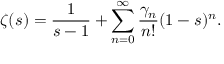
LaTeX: \zeta ( s ) = { \frac { 1 } { s - 1 } } + \sum _ { n = 0 } ^ { \infty } { \frac { \gamma _ { n } } { n ! } } ( 1 - s ) ^ { n } .